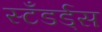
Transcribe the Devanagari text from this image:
स्टँडर्ड्‌स